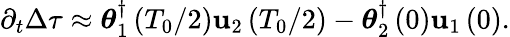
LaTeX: \partial_{t}\Delta\tau\approx\boldsymbol{\theta}_{1}^{\dagger}\left(T_{0}/2\right)\mathbf{u}_{2}\left(T_{0}/2\right)-\boldsymbol{\theta}_{2}^{\dagger}\left(0\right)\mathbf{u}_{1}\left(0\right).